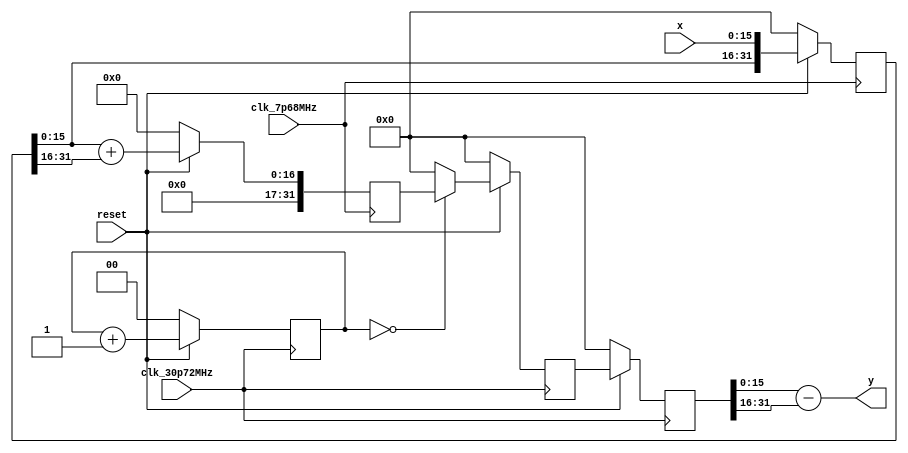
`timescale 1ns / 1ps
//////////////////////////////////////////////////////////////////////////////////
// Company: 
// Engineer: 
// 
// Design Name: 
// Module Name:    cic4_interp4 
// Project Name: 
// Target Devices: 
// Tool versions: 
// Description: 
//
// Dependencies: 
//
// Revision: 
// Revision 0.01 - File Created
// Additional Comments: 
//
//////////////////////////////////////////////////////////////////////////////////
module cic4_interp4(clk_30p72MHz, clk_7p68MHz, reset, x, y);
		input clk_30p72MHz;            // 
		input clk_7p68MHz;           // clk1/4
		input reset;
		input [15:0] x;
		output [15:0] y;

		reg [31:0] x_t, y_t;  // 
		reg [31:0] int_out, temp; //
      reg [1:0] cnt;

		always@(posedge clk_7p68MHz) begin
		   if(!reset) begin //
				x_t <= 0;
			   int_out <= 0;
			end
			else begin
				x_t <= {x_t[15:0], x};
				int_out <= x_t[15:0] + x_t[31:16];
			end

		end

		always@(posedge clk_30p72MHz) begin
			if(!reset) begin
				y_t <= 0;
				temp <= 0;
				cnt <= 0;
			end
			else begin
			   cnt <= cnt + 1;
				if(cnt == 0)  //4
					temp <= int_out;
				else 
					temp <= 0;
				y_t <= {y_t[15:0], temp};
			end
		end
		
		assign y = y_t[15:0] - y_t[31:16];// 
		
endmodule